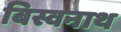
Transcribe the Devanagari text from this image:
बिस्वनाथ